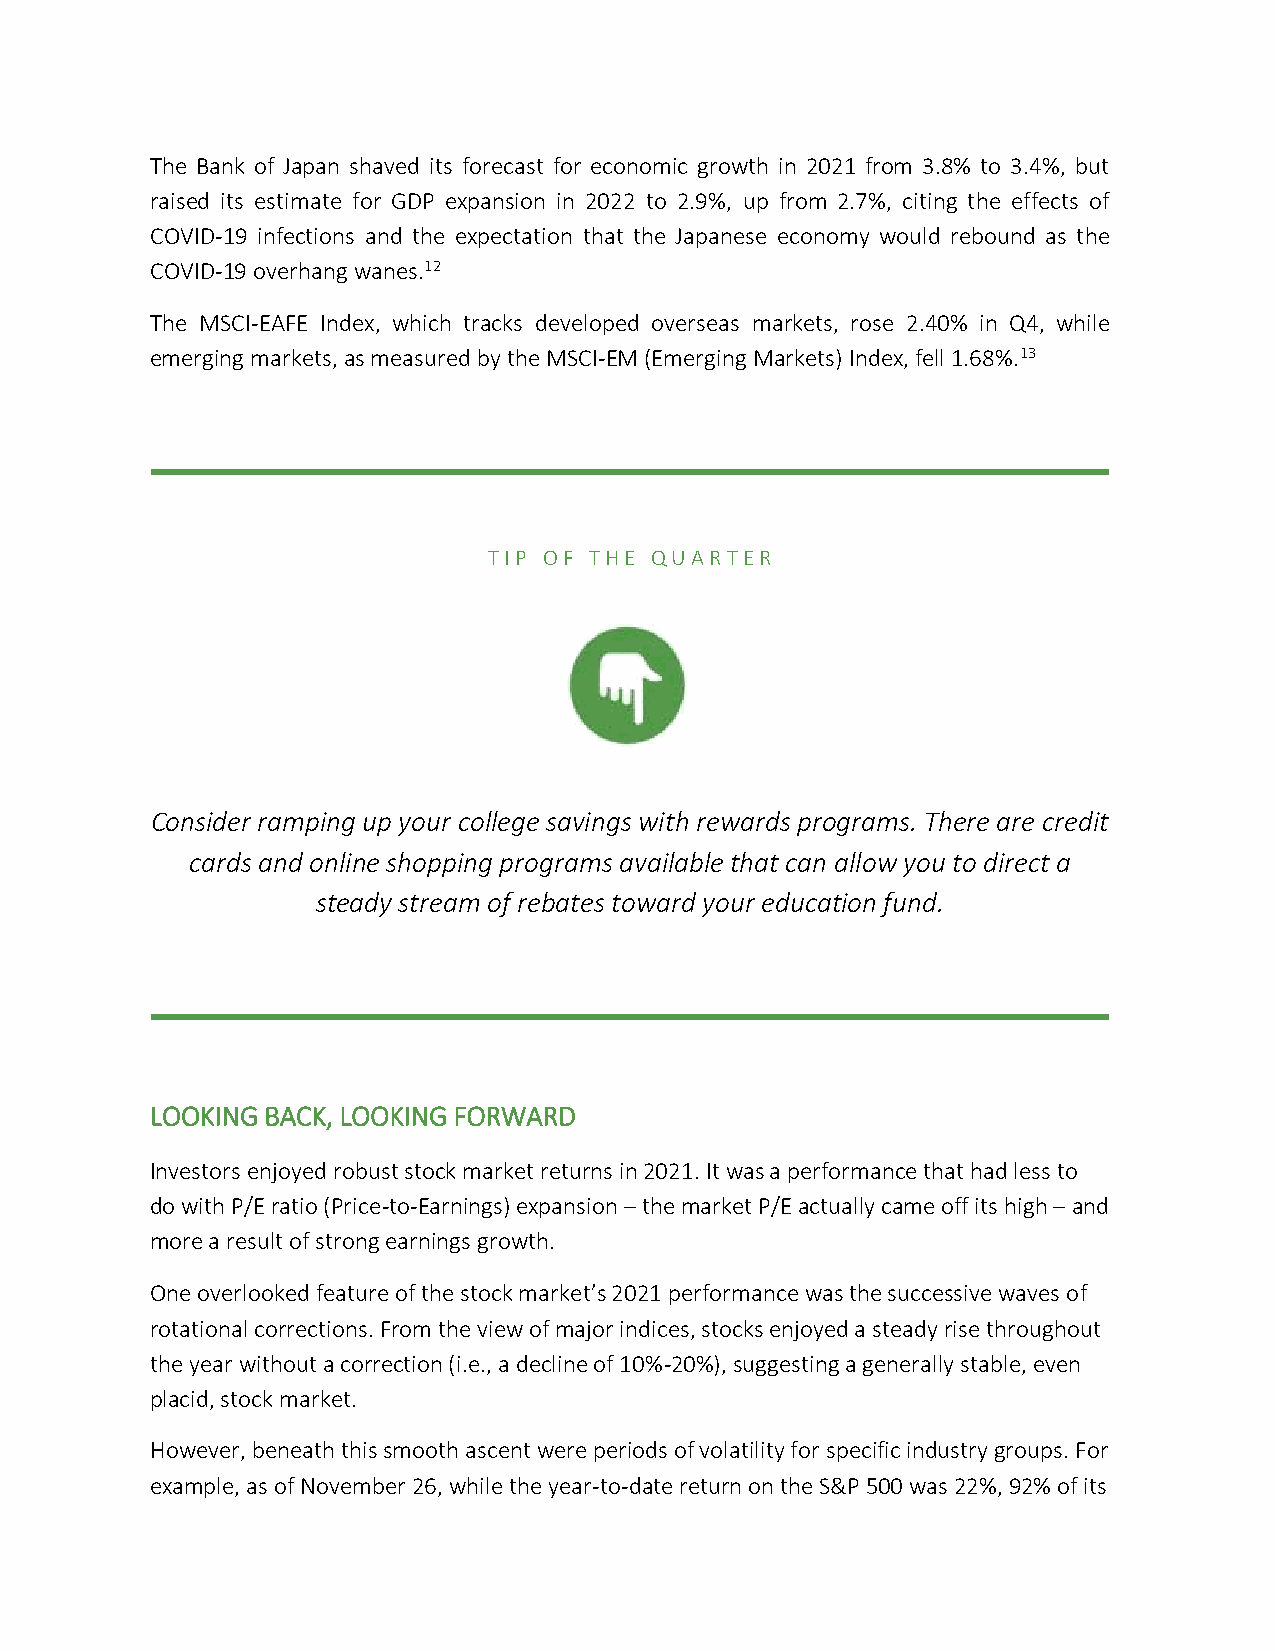
The Bank of Japan shaved its forecast for economic growth in 2021 from 3.8% to 3.4%, but
 raised its estimate for GDP expansion in 2022 to 2.9%, up from 2.7%, citing the effects of
 COVID-19 infections and the expectation that the Japanese economy would rebound as the
 COVID-19 overhang wanes.12
 The MSCI-EAFE Index, which tracks developed overseas markets, rose 2.40% in Q4, while
 emerging markets, as measured by the MSCI-EM (Emerging Markets) Index, fell 1.68%.13
 T I P O F T H E Q U A R T E R
 Consider ramping up your college savings with rewards programs. There are credit
 cards and online shopping programs available that can allow you to direct a
 steady stream of rebates toward your education fund.
 LOOKING BACK, LOOKING FORWARD
 Investors enjoyed robust stock market returns in 2021. It was a performance that had less to
 do with P/E ratio (Price-to-Earnings) expansion – the market P/E actually came off its high – and
 more a result of strong earnings growth.
 One overlooked feature of the stock market’s 2021 performance was the successive waves of
 rotational corrections. From the view of major indices, stocks enjoyed a steady rise throughout
 the year without a correction (i.e., a decline of 10%-20%), suggesting a generally stable, even
 placid, stock market.
 However, beneath this smooth ascent were periods of volatility for specific industry groups. For
 example, as of November 26, while the year-to-date return on the S&P 500 was 22%, 92% of its